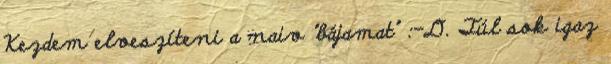
Kezdem elveszíteni a naiv "bájamat" :-D. Túl sok igaz